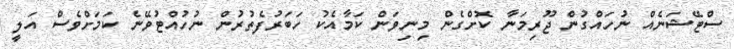
ސްޓޭޝަނެއް ނުހައްގުން ޖޫރިމަނާ ކޮށްގެން މިނިވަން ކަމާއެކު ހަބަރުފެތުރުން ނުހުއްޓުވޭނެ ކަމަށްވެސް އަލީ